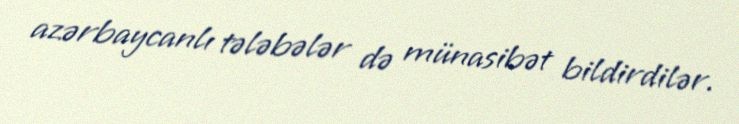
azərbaycanlı tələbələr də münasibət bildirdilər.